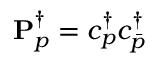
\mathbf { P } _ { p } ^ { \dagger } = { c } _ { p } ^ { \dagger } { c } _ { \bar { p } } ^ { \dagger }